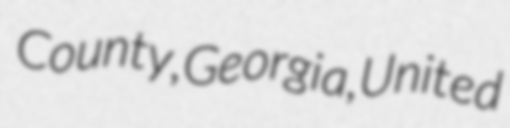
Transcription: County, Georgia, United